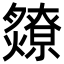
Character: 爒